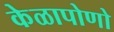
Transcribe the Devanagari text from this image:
केळापोणो